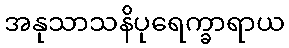
အနုသာသနိပုရေက္ခာရာယ